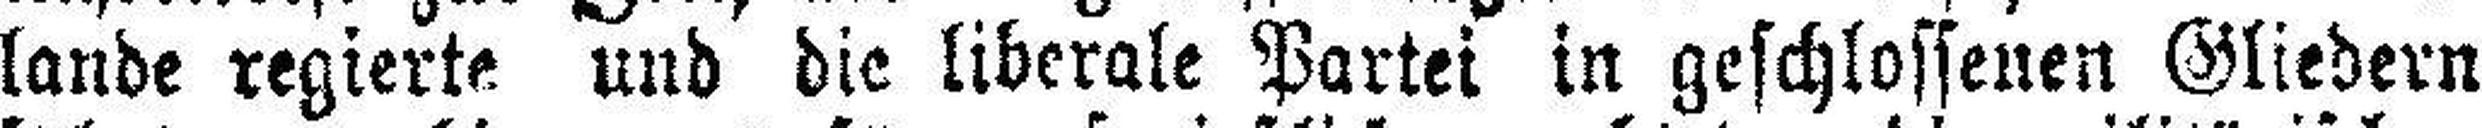
lande regierte und die liberale Partei in geschlossenen Gliedern